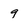
Character: 9